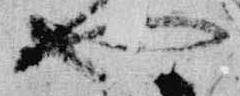
也